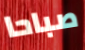
صباحا